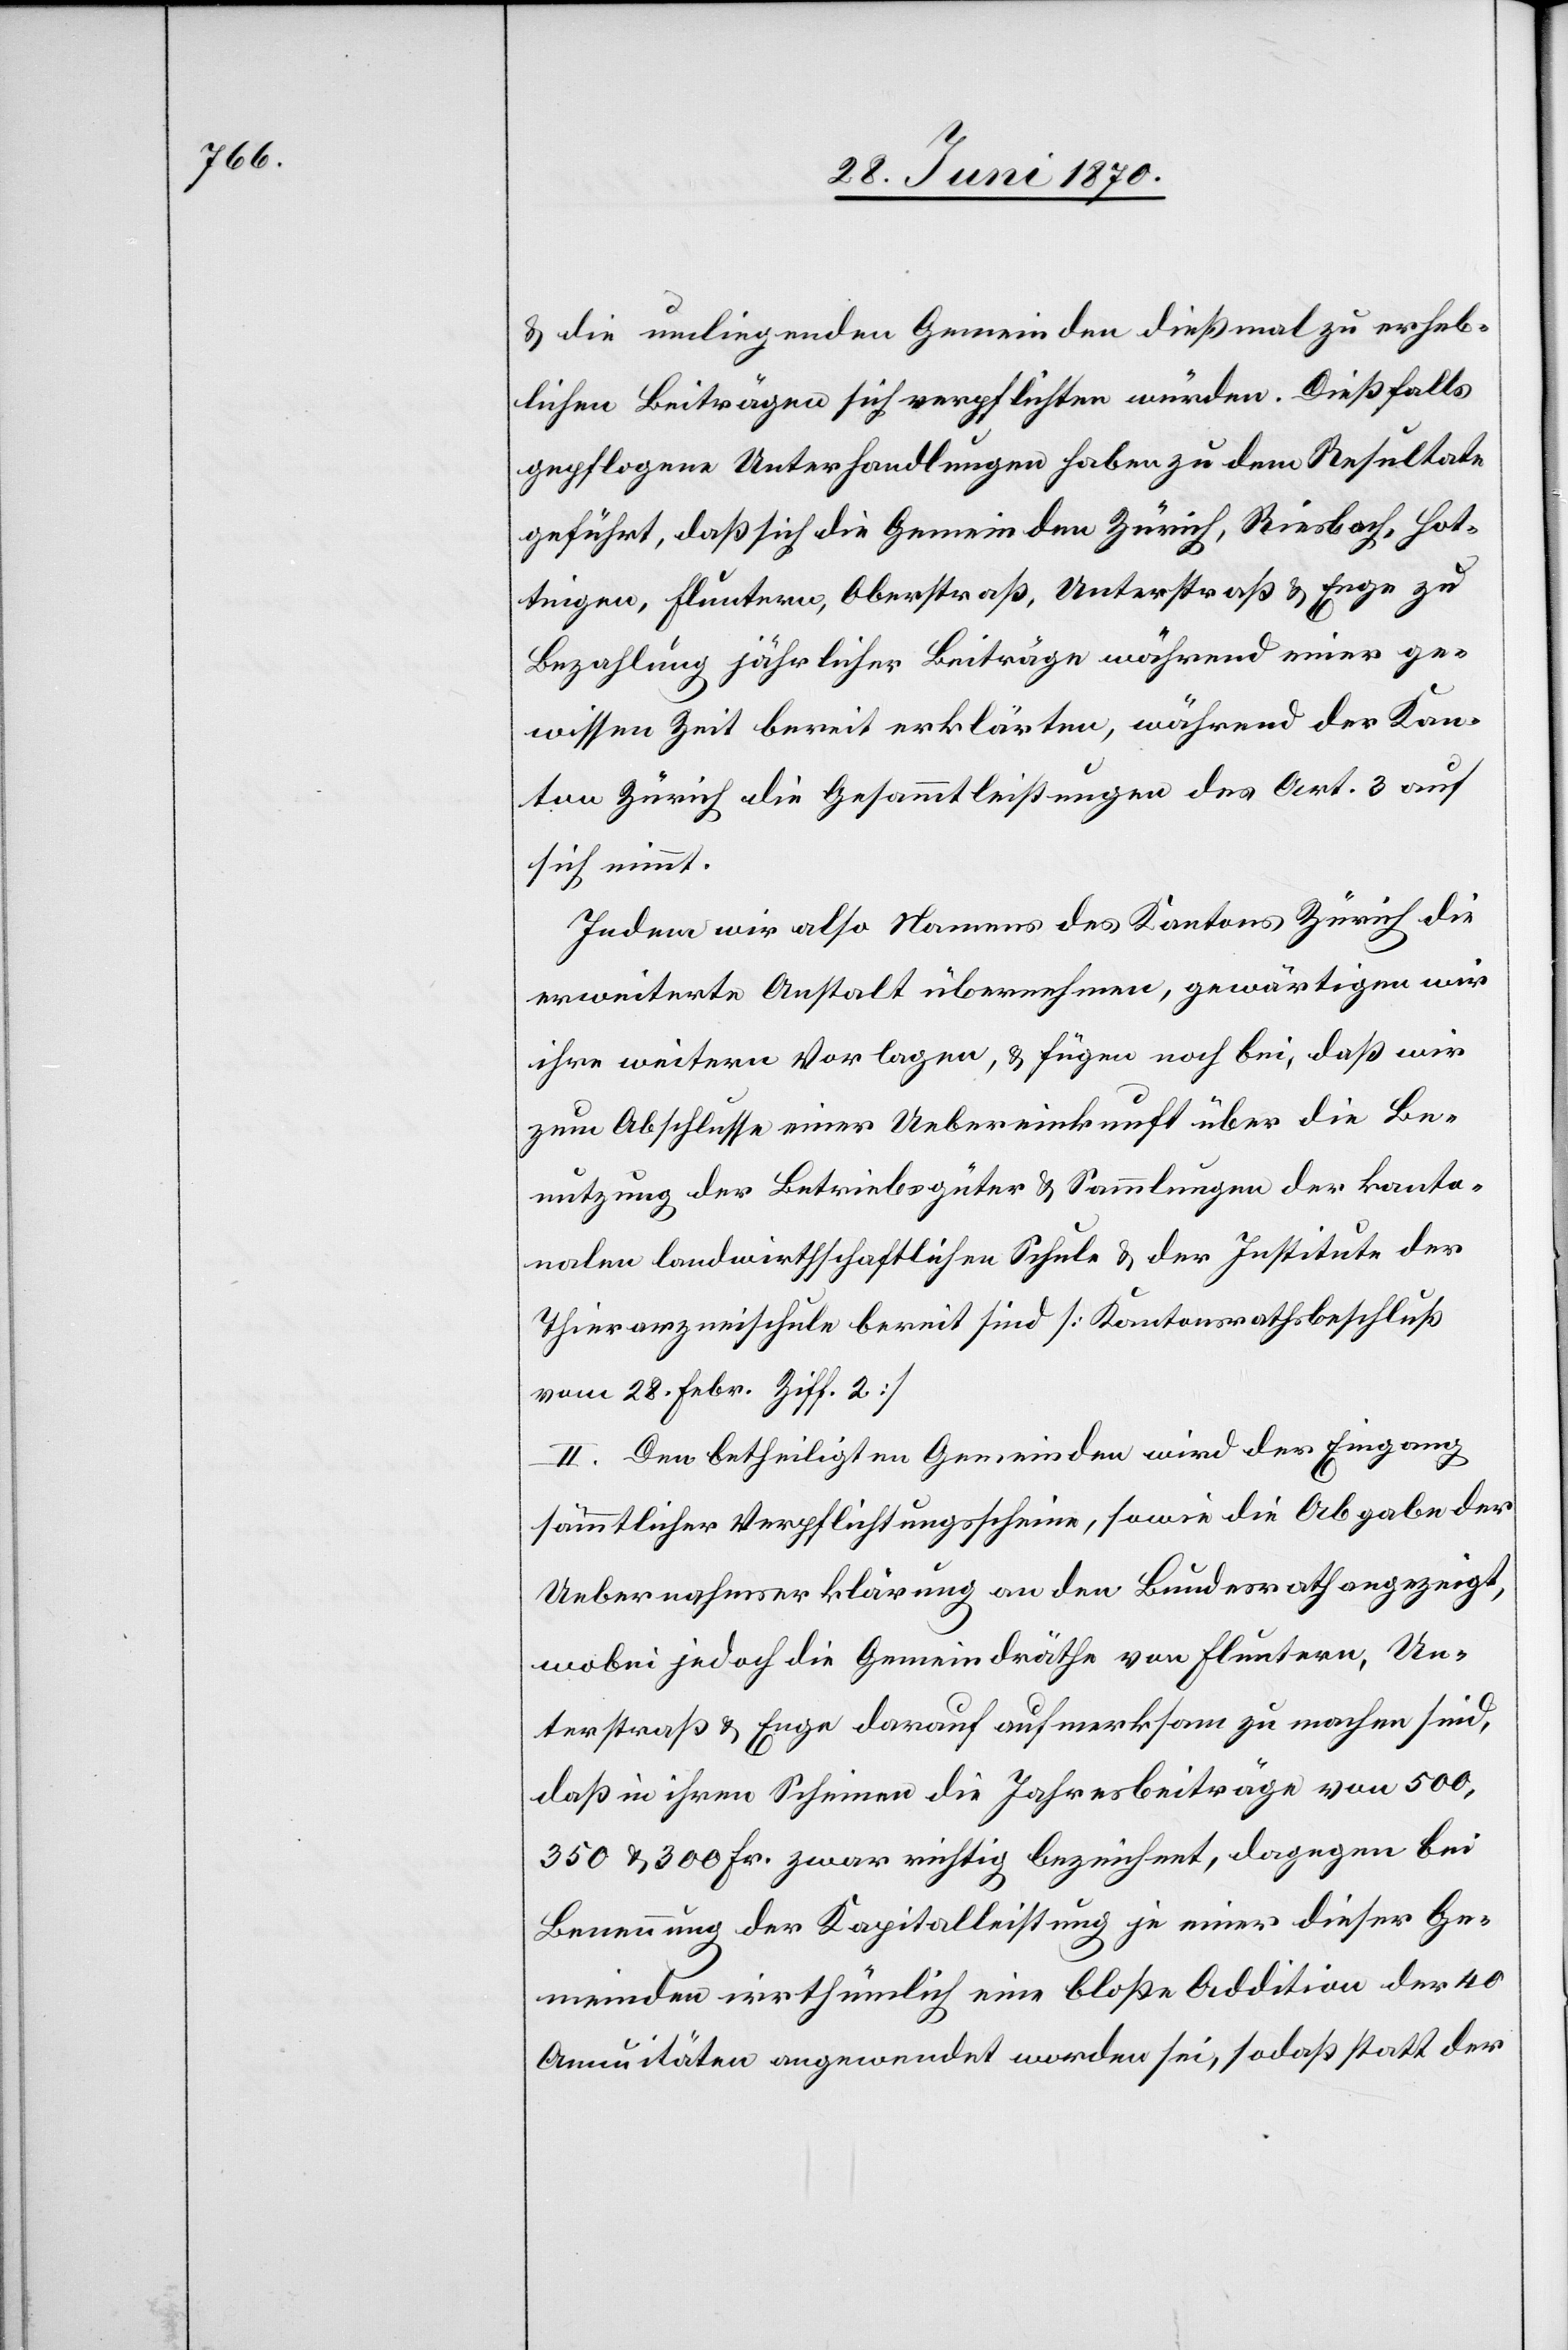
& die umliegenden Gemeinden dießmal zu erheb¬
lichen Beiträgen sich verpflichten würden. Dießfalls
gepflogene Unterhandlungen haben zu dem Resultate
geführt, daß sich die Gemeinden Zürich, Riesbach, Hot¬
tingen, Fluntern, Oberstraß, Unterstraß & Enge zu
Bezahlung jährlicher Beiträge während einer ge¬
wissen Zeit bereit erklärten, während der Kan¬
ton Zürich die Gesammtleistungen des Art. 3 auf
sich nimmt.
Indem wir also Namens des Kantons Zürich die
erweiterte Anstalt übernehmen, gewärtigen wir
ihre weitern Vorlagen, & fügen noch bei, daß wir
zum Abschlusse einer Uebereinkunft über die Be¬
nutzung der Betriebsgüter & Sammlungen der kanto¬
nalen landwirthschaftlichen Schule & der Institute der
Thierarzneischule bereit sind [Kantonsrathsbeschluß
vom 28. Febr. Ziff. 2]
II. Den betheiligten Gemeinden wird der Eingang
sämmtlicher Verpflichtungsscheine, sowie die Abgabe der
Uebernahmserklärung an den Bundesrath angezeigt,
wobei jedoch die Gemeindräthe von Fluntern, Un¬
terstraß & Enge darauf aufmerksam zu machen sind,
daß in ihren Scheinen die Jahresbeiträge von 500,
350 & 300 Fr. zwar richtig bezeichnet, dagegen bei
Benennung der Kapitalleistung je einer dieser Ge¬
meinden irrthümlich eine bloße Addition der 40
Annuitäten angewendet worden sei, sodaß statt der